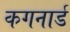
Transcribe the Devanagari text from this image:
कगनार्ड